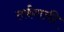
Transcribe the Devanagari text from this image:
तर्कशक्ती